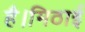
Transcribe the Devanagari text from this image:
है।मिठाई